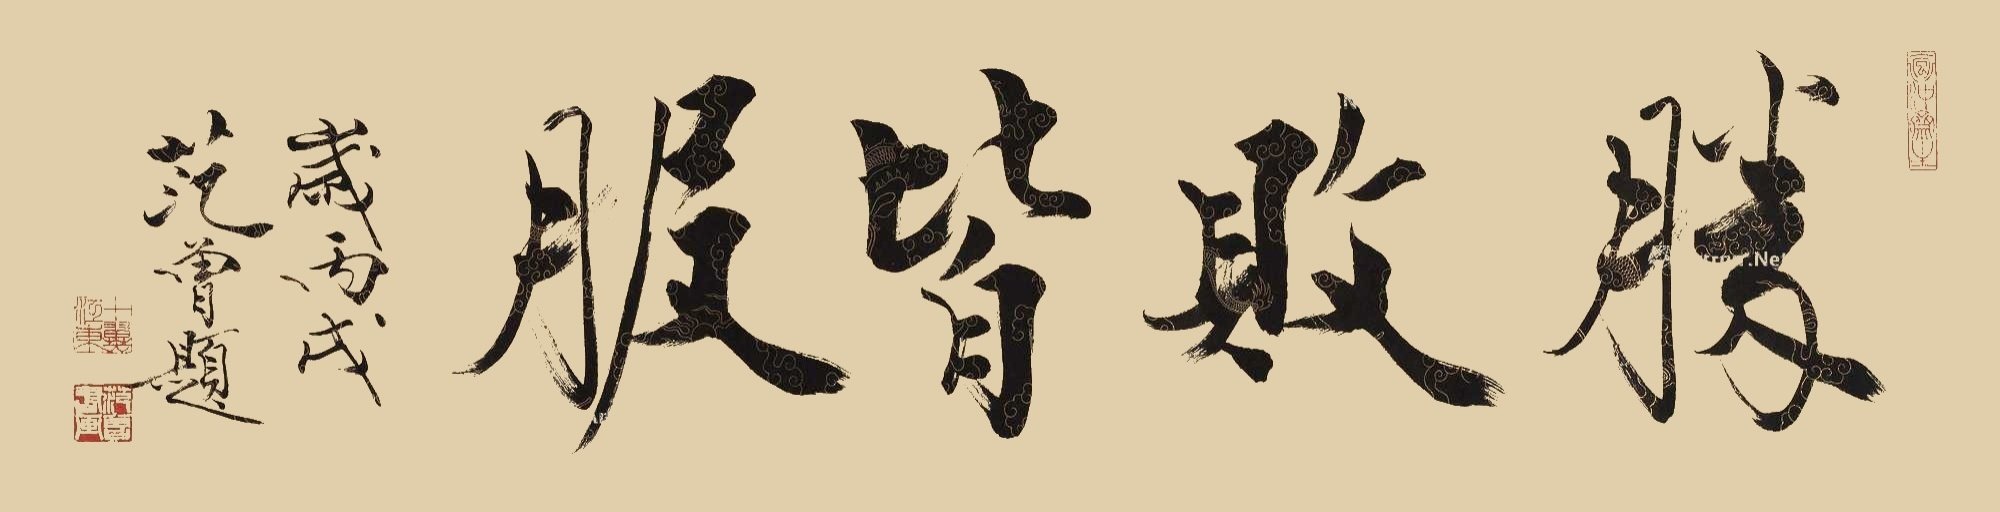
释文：胜败皆服。岁丙戌范曾题。